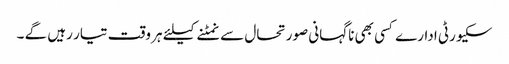
سکیورٹی ادارے کسی بھی ناگہانی صورتحال سے نمٹنے کیلئے ہر وقت تیار رہیں گے ۔